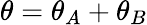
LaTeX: \theta=\theta_{A}+\theta_{B}